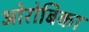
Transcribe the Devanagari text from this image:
ओरोबिका